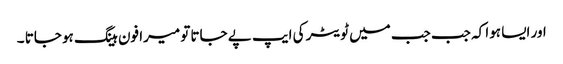
اور ایسا ہوا کہ جب جب میں ٹویٹر کی ایپ پے جاتا تو میرا فون ہینگ ہو جاتا ۔